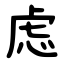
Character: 虑